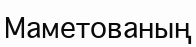
Маметованың